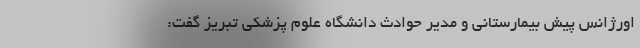
اورژانس پیش بیمارستانی و مدیر حوادث دانشگاه علوم پزشکی تبریز گفت: